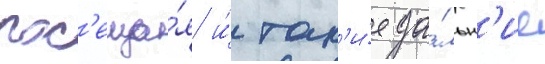
пос'еща́я и́ так'и́е да́льн'ие